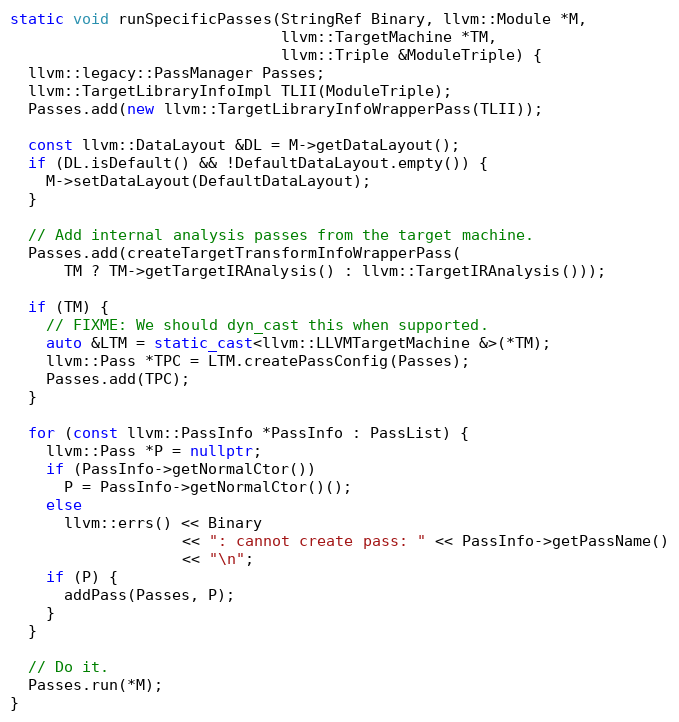
Language: C++
static void runSpecificPasses(StringRef Binary, llvm::Module *M,
                              llvm::TargetMachine *TM,
                              llvm::Triple &ModuleTriple) {
  llvm::legacy::PassManager Passes;
  llvm::TargetLibraryInfoImpl TLII(ModuleTriple);
  Passes.add(new llvm::TargetLibraryInfoWrapperPass(TLII));

  const llvm::DataLayout &DL = M->getDataLayout();
  if (DL.isDefault() && !DefaultDataLayout.empty()) {
    M->setDataLayout(DefaultDataLayout);
  }

  // Add internal analysis passes from the target machine.
  Passes.add(createTargetTransformInfoWrapperPass(
      TM ? TM->getTargetIRAnalysis() : llvm::TargetIRAnalysis()));

  if (TM) {
    // FIXME: We should dyn_cast this when supported.
    auto &LTM = static_cast<llvm::LLVMTargetMachine &>(*TM);
    llvm::Pass *TPC = LTM.createPassConfig(Passes);
    Passes.add(TPC);
  }

  for (const llvm::PassInfo *PassInfo : PassList) {
    llvm::Pass *P = nullptr;
    if (PassInfo->getNormalCtor())
      P = PassInfo->getNormalCtor()();
    else
      llvm::errs() << Binary
                   << ": cannot create pass: " << PassInfo->getPassName()
                   << "\n";
    if (P) {
      addPass(Passes, P);
    }
  }

  // Do it.
  Passes.run(*M);
}